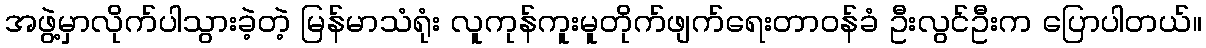
အဖွဲ့မှာလိုက်ပါသွားခဲ့တဲ့ မြန်မာသံရုံး လူကုန်ကူးမူတိုက်ဖျက်ရေးတာဝန်ခံ ဦးလွင်ဦးက ပြောပါတယ်။